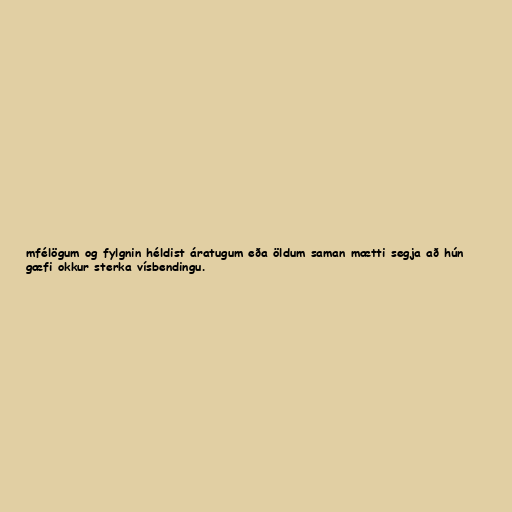
mfélögum og fylgnin héldist áratugum eða öldum saman mætti segja að hún
gæfi okkur sterka vísbendingu.